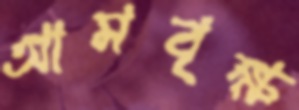
আমবৃক্ষ